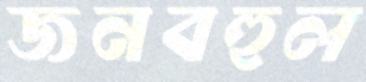
জনবহুল